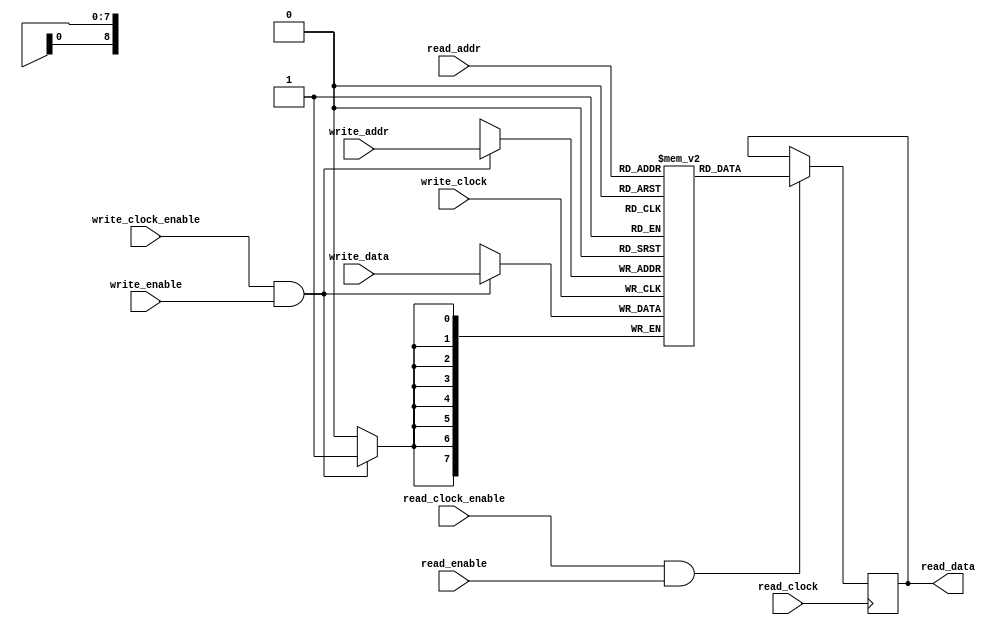
module dual_port_memory #(
    parameter WIDTH = 8,
    parameter DEPTH = 512
) (
    input write_clock_enable,
    input write_clock,
    input write_enable,
    input [$clog2(DEPTH)-1:0] write_addr,
    input [WIDTH-1:0] write_data,

    input read_clock_enable,
    input read_clock,
    input read_enable,
    input [$clog2(DEPTH)-1:0] read_addr,
    output reg [WIDTH-1:0] read_data = 0
);

    reg [WIDTH-1:0] memory[0:DEPTH-1];

    always @(posedge write_clock) begin
        if (write_clock_enable && write_enable) begin
            memory[write_addr] <= write_data;
        end
    end

    always @(posedge read_clock) begin
        if (read_clock_enable && read_enable) begin
            read_data <= memory[read_addr];
        end
    end
endmodule